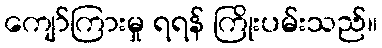
ကျော်ကြားမှု ရရန် ကြိုးပမ်းသည်။